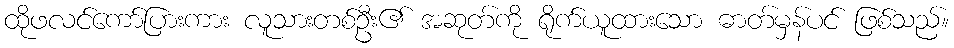
ထိုဖလင်ကော်ပြားကား လူသားတစ်ဦး၏ အဆုတ်ကို ရိုက်ယူထားသော ဓာတ်မှန်ပင် ဖြစ်သည်။